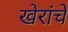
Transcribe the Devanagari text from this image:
खेरांचे